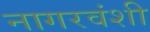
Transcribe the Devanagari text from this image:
नागरवंशी